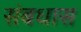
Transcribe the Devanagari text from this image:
संबधास